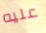
عليه